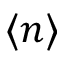
\langle n \rangle